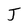
Character: J